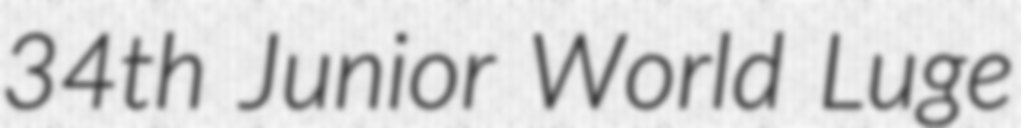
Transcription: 34th Junior World Luge